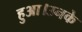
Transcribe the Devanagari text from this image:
हुआ।उनके